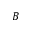
B